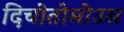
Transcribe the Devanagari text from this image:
दिचोतोमोउस